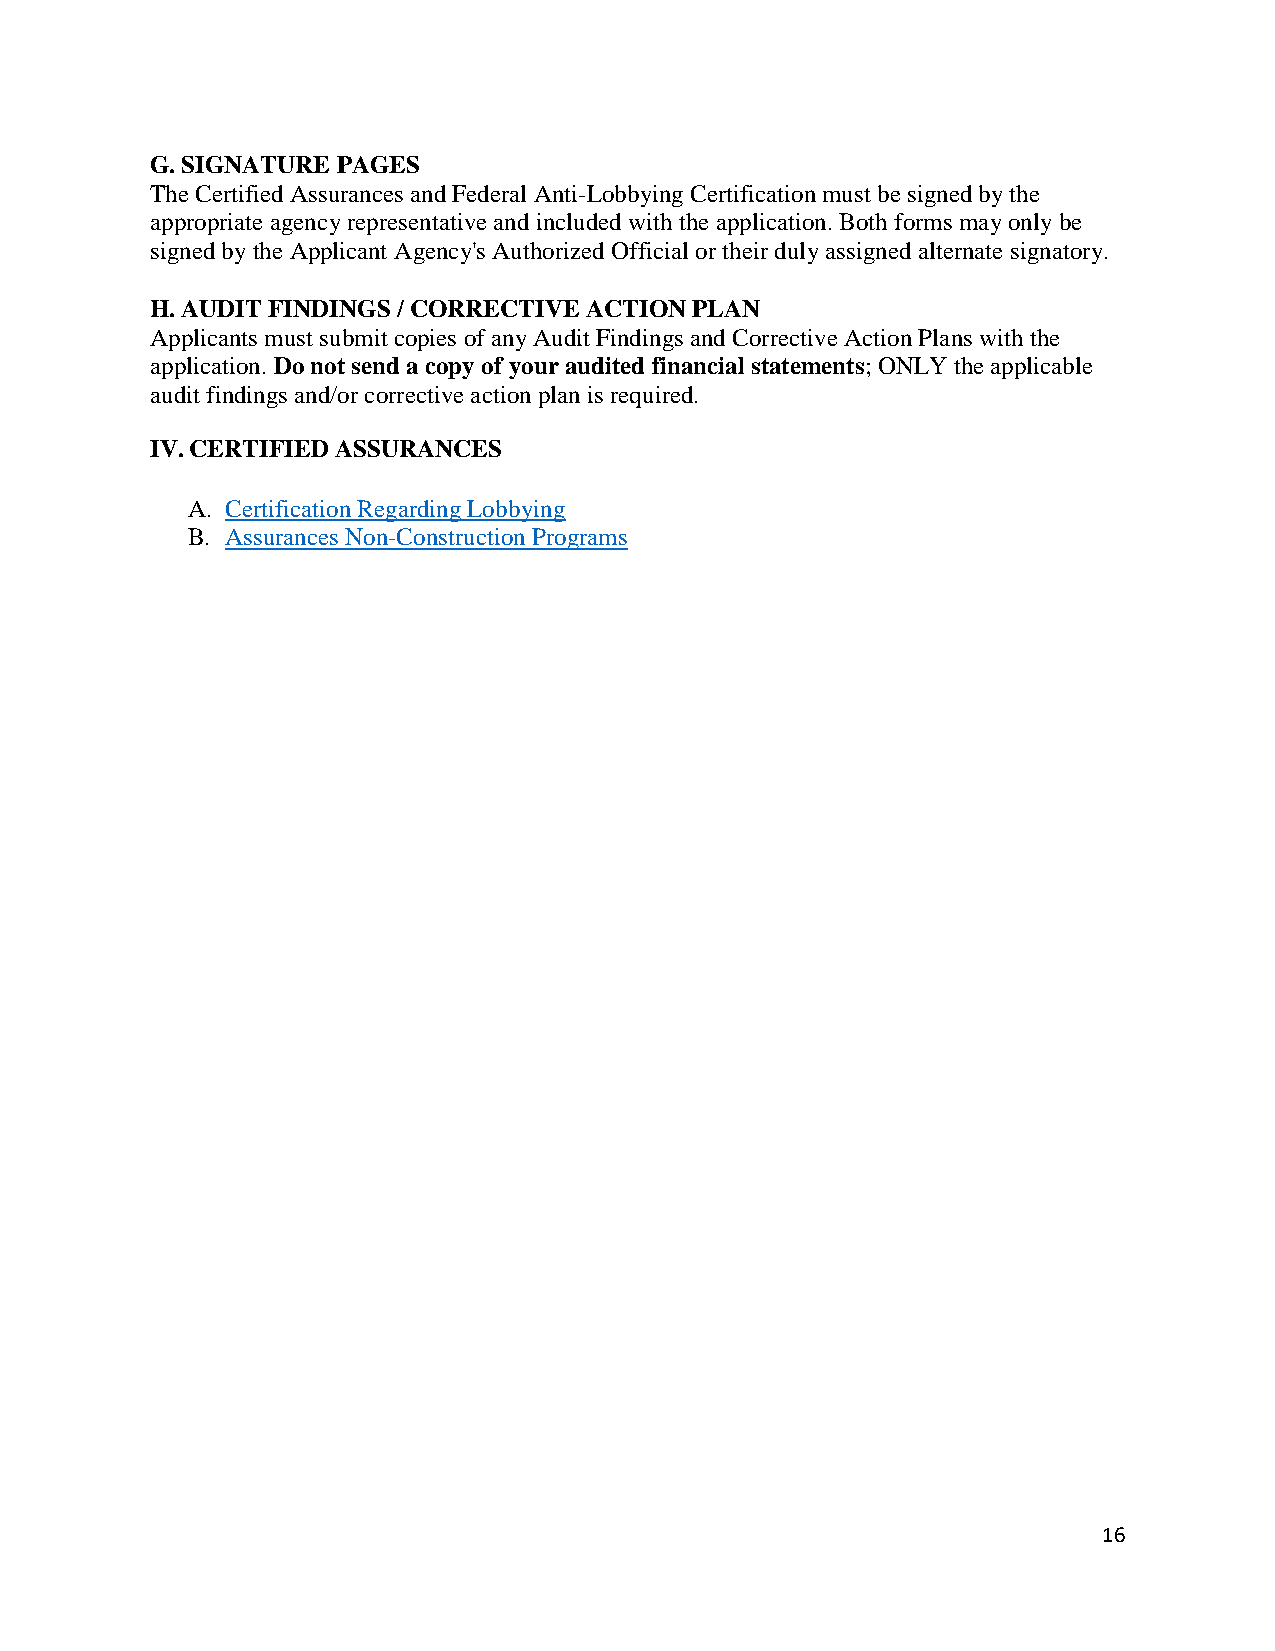
G.SIGNATURE PAGES
 The Certified Assurances and Federal Anti-Lobbying Certification must be signed by the
 appropriate agency representative and included with the application. Both forms may only be
 signed by the Applicant Agency's Authorized Official or their duly assigned alternate signatory.
 H.AUDIT FINDINGS / CORRECTIVE ACTION PLAN
 Applicants must submit copies of any Audit Findings and Corrective Action Plans with the
 application. Do not send a copy of your audited financial statements; ONLY the applicable
 audit findings and/or corrective action plan is required.
 IV.CERTIFIED ASSURANCES
 A. Certification Regarding Lobbying
 B. Assurances Non-Construction Programs
 16